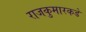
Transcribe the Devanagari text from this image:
राजकुमारकडे